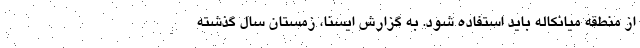
از منطقه میانکاله باید استفاده شود. به گزارش ایسنا، زمستان سال گذشته